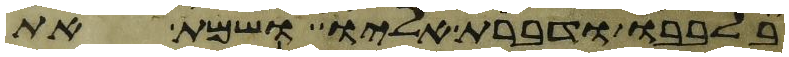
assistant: בלבבו ודברת אליו ושמת את